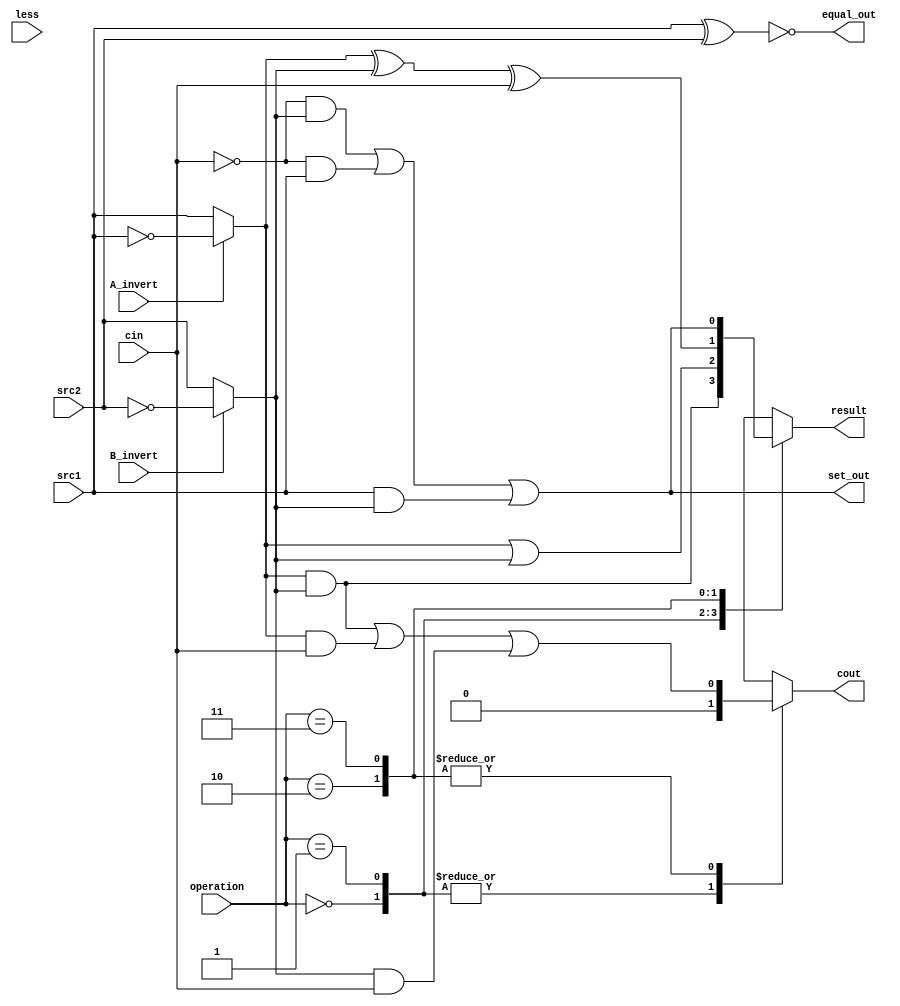
`timescale 1ns/1ps
//Subject:     CO project 2 - Test Bench
//--------------------------------------------------------------------------------
//Version:     1
//--------------------------------------------------------------------------------
//Writer:04163150416005
//----------------------------------------------
//Date:
//----------------------------------------------
//Description:
//--------------------------------------------------------------------------------
module alu_bottom(
               src1,       //1 bit source 1 (input)
               src2,       //1 bit source 2 (input)
               less,       //1 bit less     (input)
			   //equal,
               A_invert,   //1 bit A_invert (input)
               B_invert,   //1 bit B_invert (input)
               cin,        //1 bit carry in (input)
               operation,  //operation      (input)
			   //bonus_control,
			   set_out,
			   equal_out,
               result,     //1 bit result   (output)
               cout       //1 bit carry out(output)
               );

input         src1;
input         src2;
input         less;
//input 		  equal;
input         A_invert;
input         B_invert;
input         cin;
input [2-1:0] operation;
//input [3-1:0] bonus_control;

output  equal_out;
output  result;
output  cout;
output  set_out;

reg result;
reg cout;
wire real_src1;     //Real operand_1
wire real_src2;     //Real operand_2
//wire bonus_mux_out; //Result from compare_module

assign equal_out = ~(src1^src2);//Check whether the two bit are same or not
assign set_out = ((~cin)&(real_src2))|((~cin)&(src1))|((src1)&(real_src2));

assign real_src1 = (A_invert)?~src1:src1;
assign real_src2 = (B_invert)?~src2:src2;

/*call compare module*/
/*compare COM1(
	.bonus_control(bonus_control),
	.less(less),
	.equal(equal),
	.bonus_mux_out(bonus_mux_out)
	);
*/
always@( * )
begin
/*--Opeartion MUX below-----------------------------------*/
	case(operation)
		2'b00://For AND and NOR
			begin
				result = real_src1&real_src2;
				cout = 1'b0;
			end
		2'b01://For OR and NAND
			begin
				result = real_src1|real_src2;
				cout = 1'b0;
			end
		2'b10://For Addition and Subtraction
			begin
				result = (real_src1^real_src2)^cin;
				cout = (real_src1&real_src2)|(real_src1&cin)|(real_src2&cin);
			end
		2'b11://For SLT and bonus instruction
			begin
				result = ((~cin)&(real_src2))|((~cin)&(src1))|((src1)&(real_src2));//For set out
				cout = (real_src1&real_src2)|(real_src1&cin)|(real_src2&cin);
			end
		default:
			begin
				result = 1'b0;
				cout = 1'b0;
			end
	endcase
end

endmodule